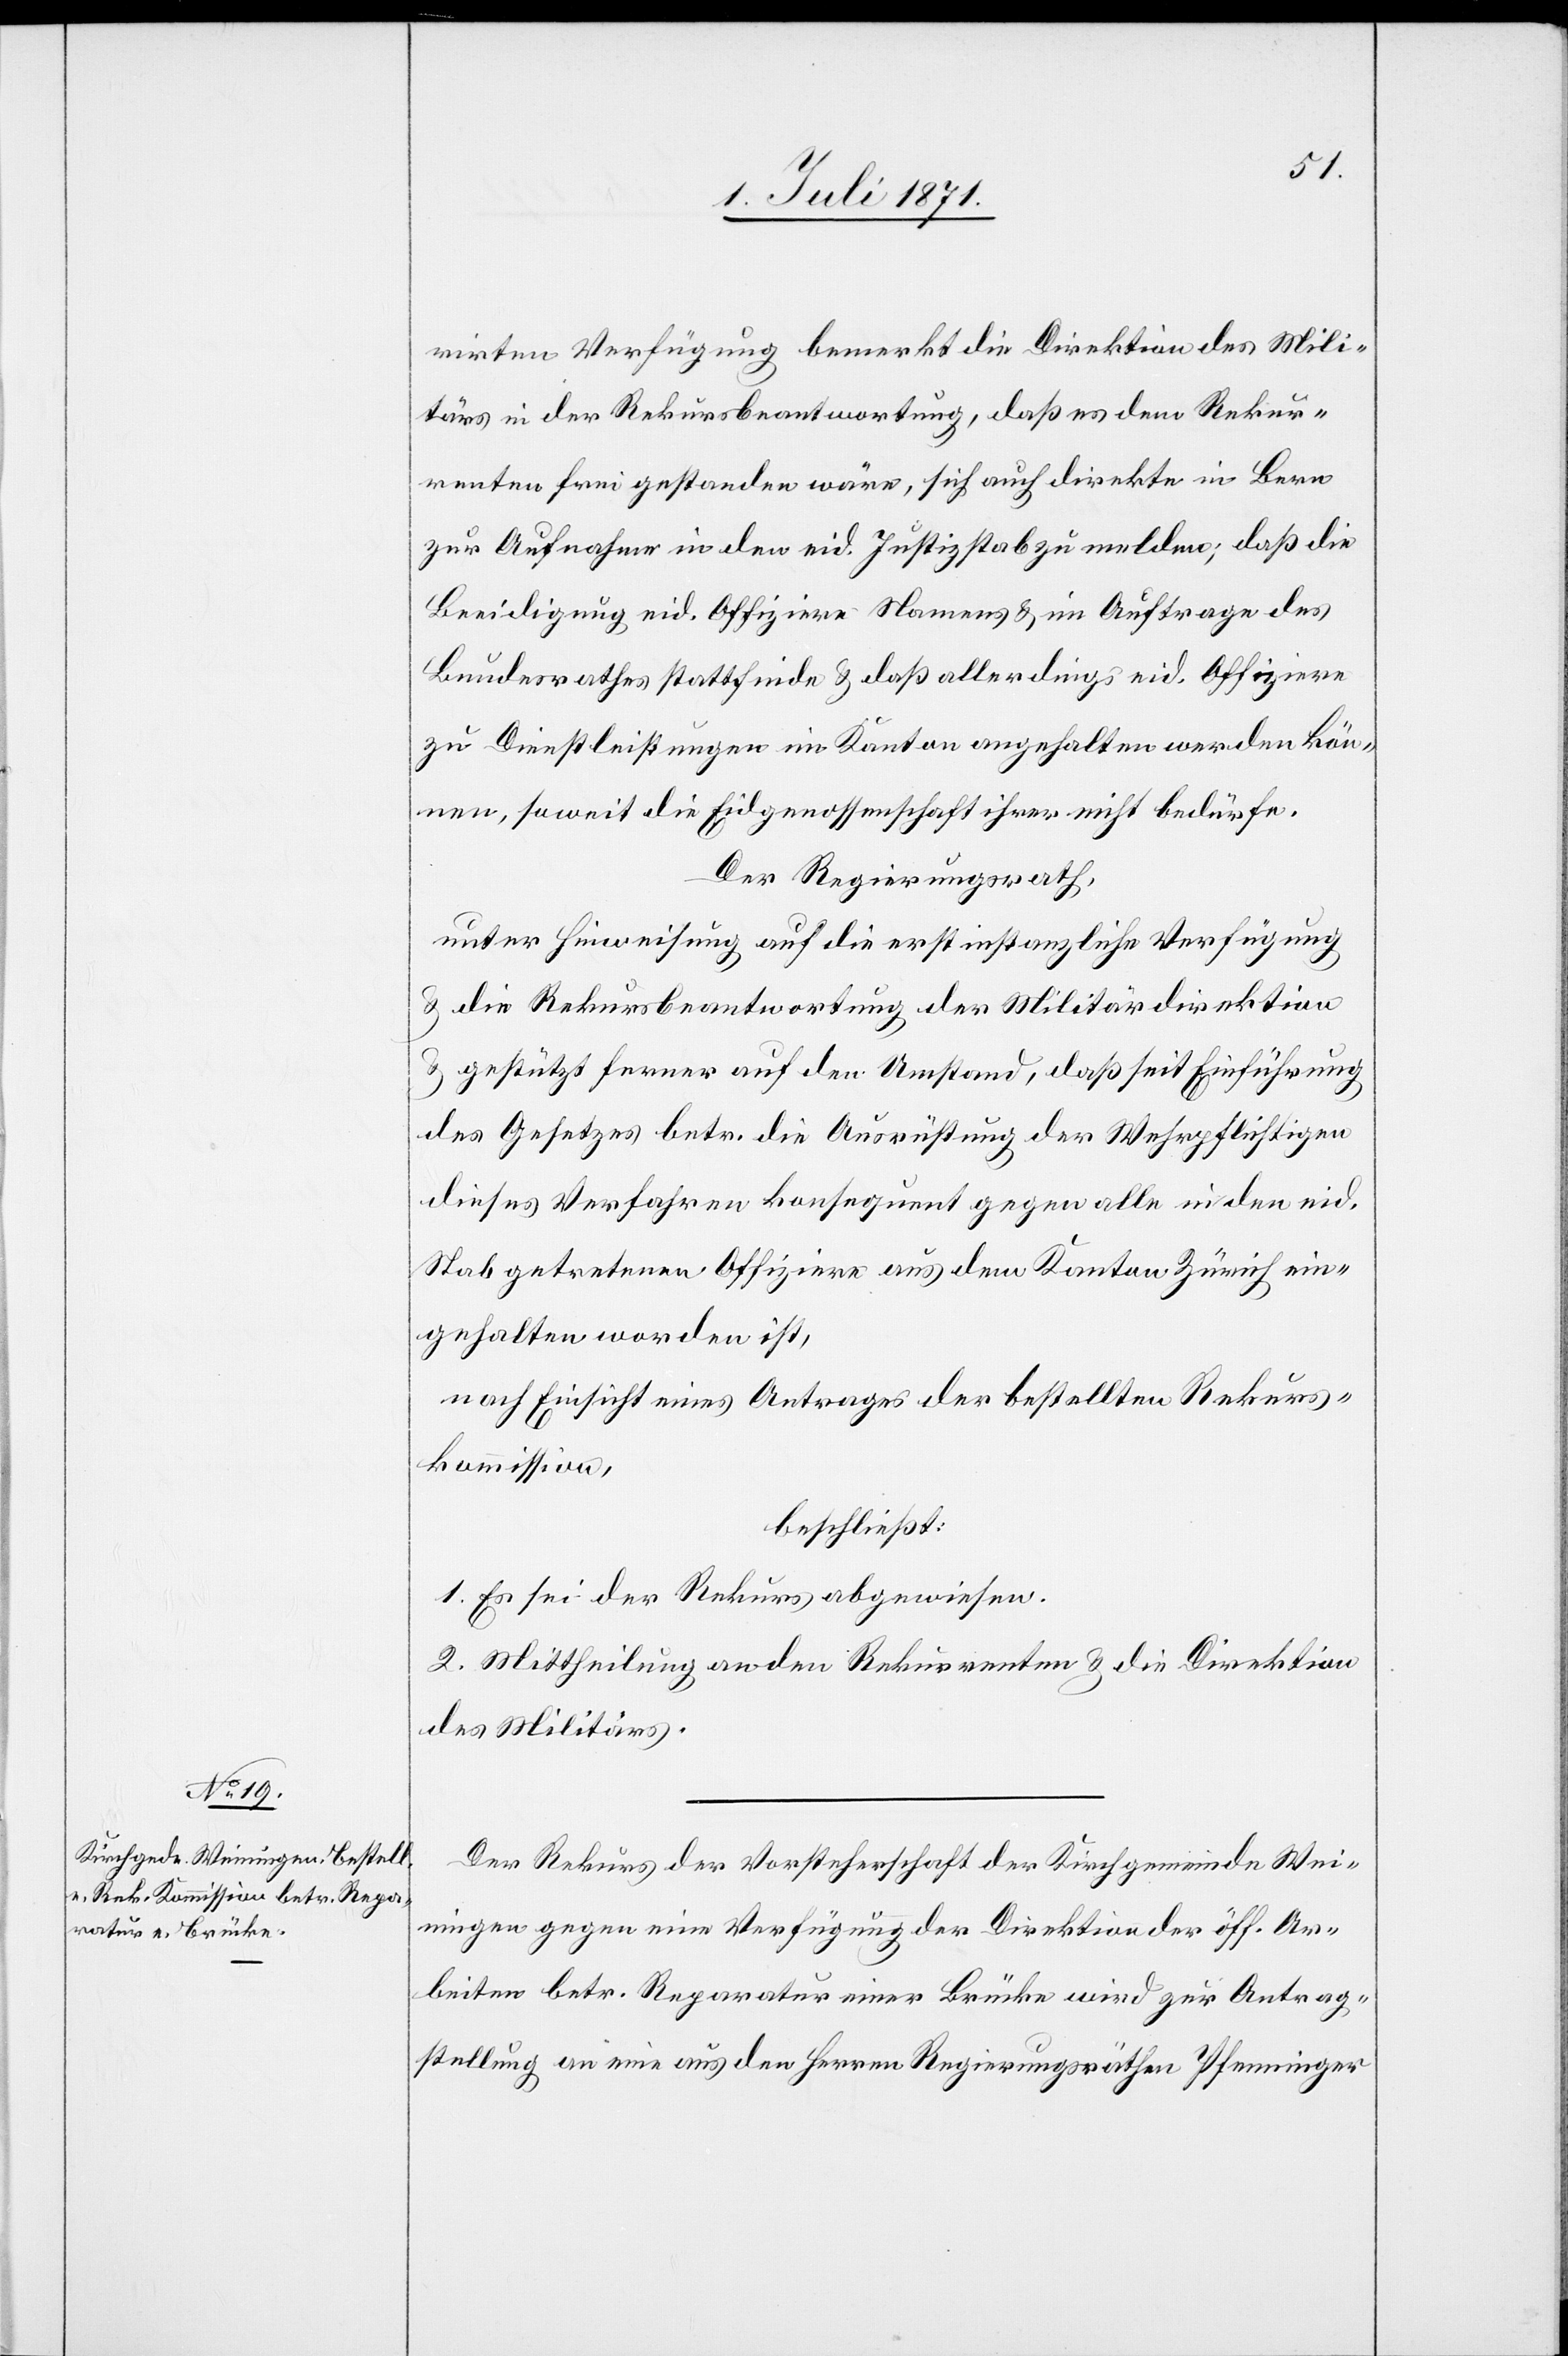
rirten Verfügung bemerkt die Direktion des Mili¬
tärs in der Rekursbeantwortung, daß es dem Rekur¬
renten frei gestanden wäre, sich auch direkte in Bern
zur Aufnahme in den eid. Justizstab zu melden; daß die
Beeidigung eid. Offiziere Namens u. im Auftrage des
Bundesrathes stattfinde u. daß allerdings eid. Offiziere
zu Dienstleistungen im Kanton angehalten werden kön¬
nen, soweit die Eidgenossenschaft ihrer nicht bedürfe.
Der Regierungsrath,
unter Hinweisung auf die erstinstanzliche Verfügung
u. die Rekursbeantwortung der Militärdirektion
u. gestützt ferner auf den Umstand, daß seit Einführung
des Gesetzes betr. die Ausrüstung der Wehrpflichtigen
dieses Verfahren konsequent gegen alle in den eid.
Stab getretenen Offiziere aus dem Kanton Zürich ein¬
gehalten worden ist,
nach Einsicht eines Antrages der bestellten Rekurs¬
kommission,
beschließt:
1. Es sei der Rekurs abgewiesen.
2. Mittheilung an den Rekurrenten u. die Direktion
des Militärs.
Der Rekurs der Vorsteherschaft der Kirchgemeinde Wei¬
ningen gegen eine Verfügung der Direktion der öff. Ar¬
beiten betr. Reparatur einer Brücke wird zur Antrag¬
stellung an eine aus den Herren Regierungsräthen Pfenninger